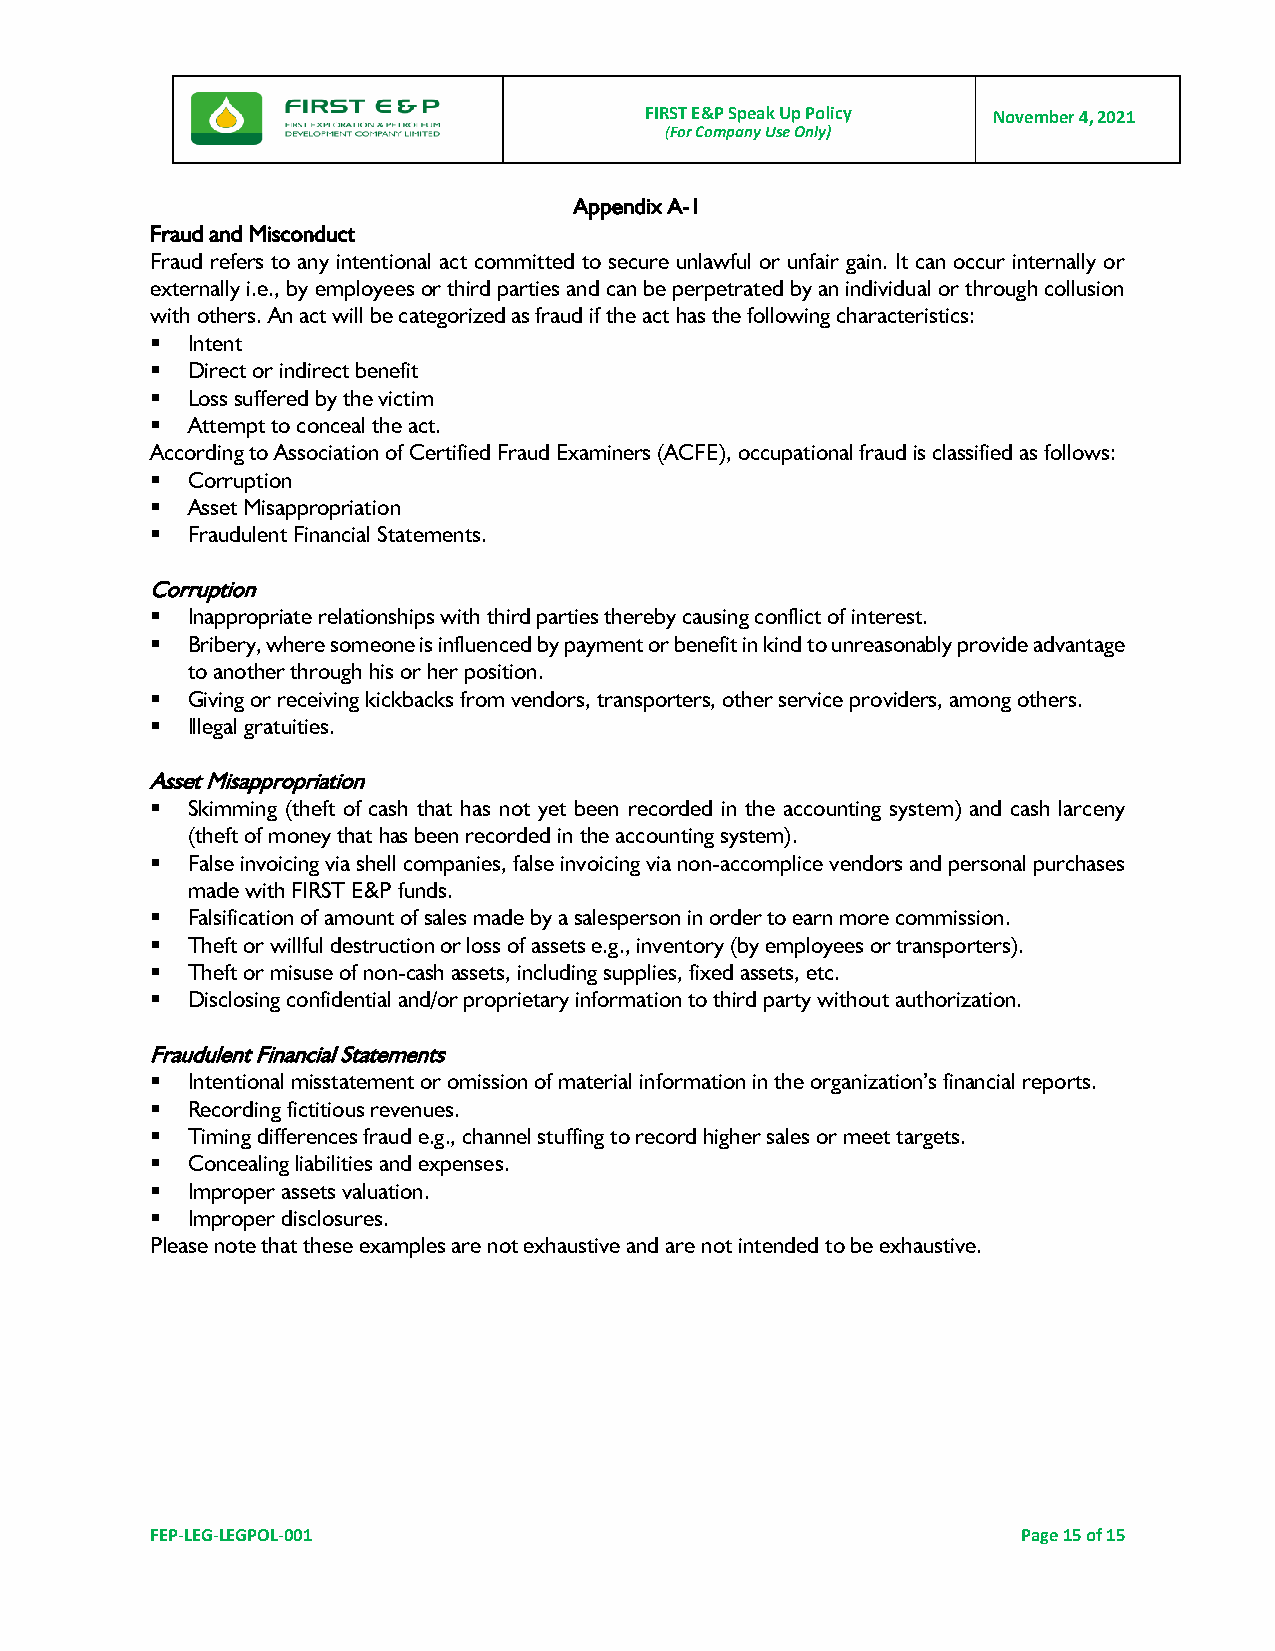
FIRST E&P Speak Up Policy November 4, 2021
 (For Company Use Only)
 Appendix A-1
 Fraud and Misconduct
 Fraud refers to any intentional act committed to secure unlawful or unfair gain. It can occur internally or
 externally i.e., by employees or third parties and can be perpetrated by an individual or through collusion
 with others. An act will be categorized as fraud if the act has the following characteristics:
 ▪ Intent
 ▪ Direct or indirect benefit
 ▪ Loss suffered by the victim
 ▪ Attempt to conceal the act.
 According to Association of Certified Fraud Examiners (ACFE), occupational fraud is classified as follows:
 ▪ Corruption
 ▪ Asset Misappropriation
 ▪ Fraudulent Financial Statements.
 Corruption
 ▪ Inappropriate relationships with third parties thereby causing conflict of interest.
 ▪ Bribery, where someone is influenced by payment or benefit in kind to unreasonably provide advantage
 to another through his or her position.
 ▪ Giving or receiving kickbacks from vendors, transporters, other service providers, among others.
 ▪ Illegal gratuities.
 Asset Misappropriation
 ▪ Skimming (theft of cash that has not yet been recorded in the accounting system) and cash larceny
 (theft of money that has been recorded in the accounting system).
 ▪ False invoicing via shell companies, false invoicing via non-accomplice vendors and personal purchases
 made with FIRST E&P funds.
 ▪ Falsification of amount of sales made by a salesperson in order to earn more commission.
 ▪ Theft or willful destruction or loss of assets e.g., inventory (by employees or transporters).
 ▪ Theft or misuse of non-cash assets, including supplies, fixed assets, etc.
 ▪ Disclosing confidential and/or proprietary information to third party without authorization.
 Fraudulent Financial Statements
 ▪ Intentional misstatement or omission of material information in the organization’s financial reports.
 ▪ Recording fictitious revenues.
 ▪ Timing differences fraud e.g., channel stuffing to record higher sales or meet targets.
 ▪ Concealing liabilities and expenses.
 ▪ Improper assets valuation.
 ▪ Improper disclosures.
 Please note that these examples are not exhaustive and are not intended to be exhaustive.
 FEP-LEG-LEGPOL-001                                        Page 15 of 15